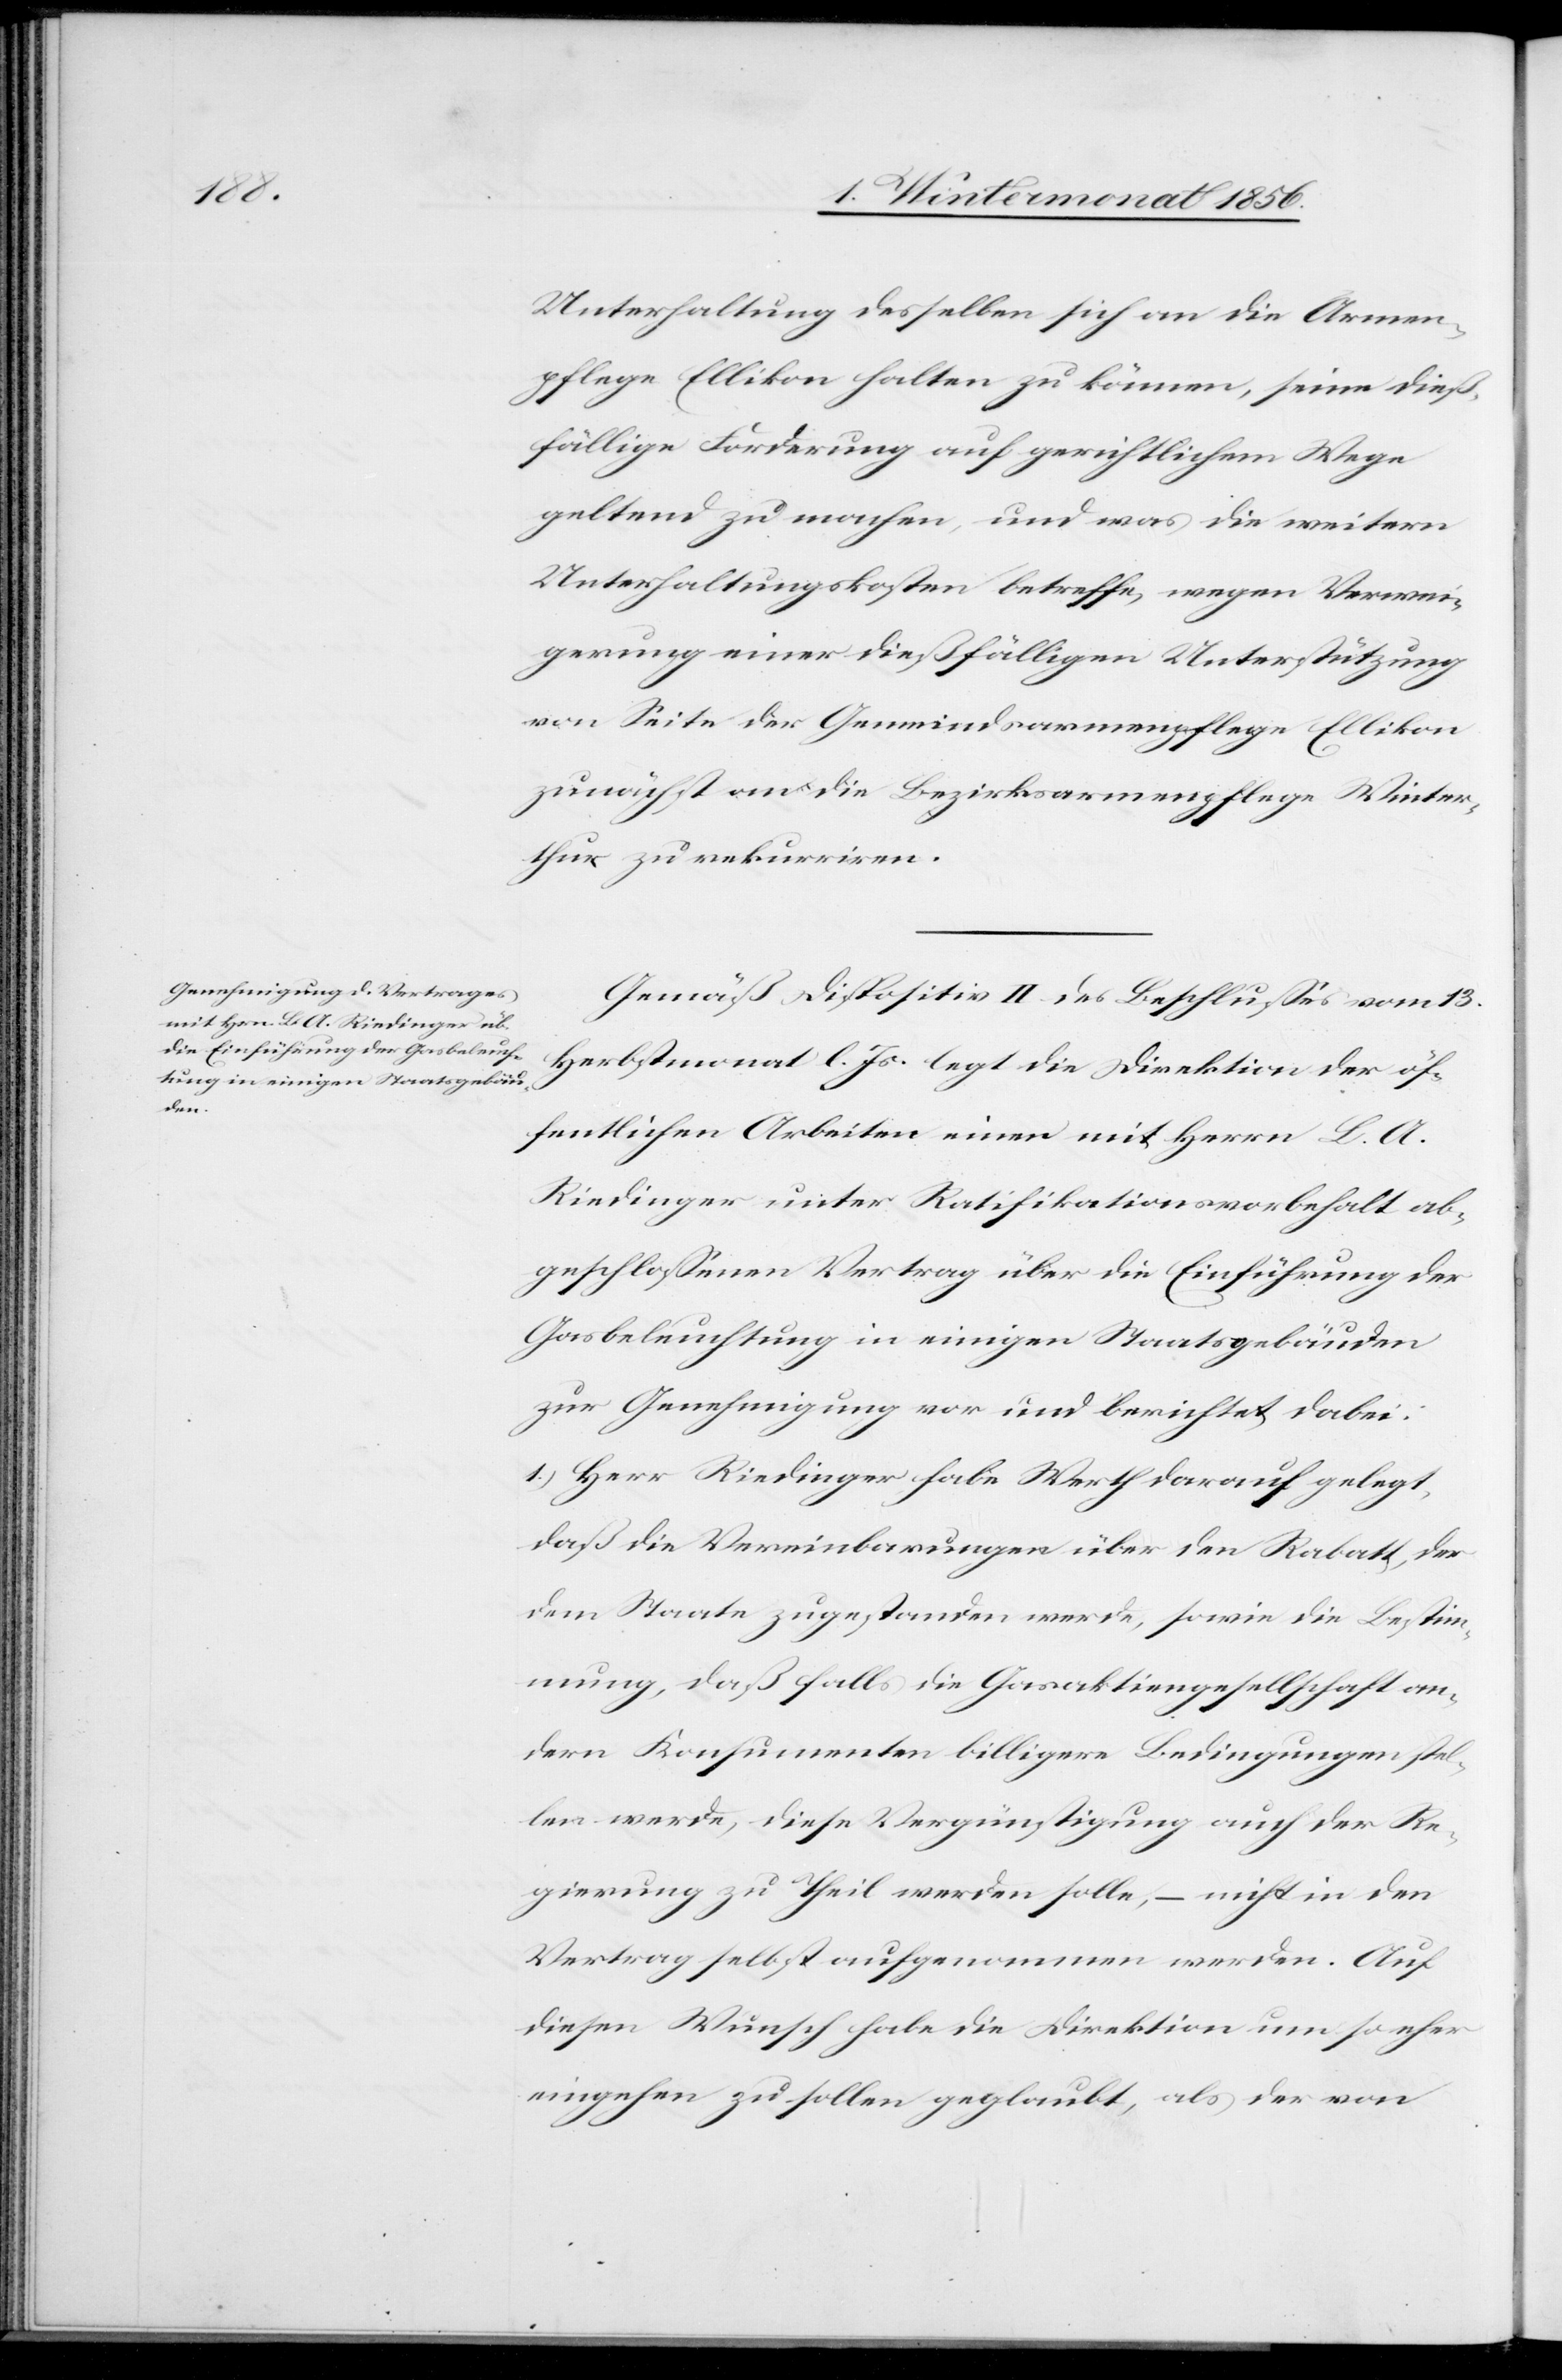
Unterhaltung desselben sich an die Armen¬
pflege Ellikon halten zu können, seine dieß¬
fällige Forderung auf gerichtlichem Wege
geltend zu machen, und was die weitern
Unterhaltungskosten betreffe, wegen Verwei¬
gerung einer dießfälligen Unterstützung
von Seite der Gemeindsarmenpflege Ellikon
zunächst an die Bezirksarmenpflege Winter¬
thur zu rekurriren.
Gemäß Dispositiv II des Beschlusses vom 13.
Herbstmonat l. Js. legt die Direktion der öf¬
fentlichen Arbeiten einen mit Herrn L. A.
Riedinger unter Ratifikationsvorbehalt ab¬
geschlossenen Vertrag über die Einführung der
Gasbeleuchtung in einigen Staatsgebäuden
zur Genehmigung vor und berichtet dabei:
1.) Herr Riedinger habe Werth darauf gelegt,
daß die Vereinbarungen über den Rabatt, der
dem Staate zugestanden werde, sowie die Bestim¬
mung, daß falls die Gasaktiengesellschaft an¬
dern Konsumenten billigere Bedingungen stel¬
len werde, diese Vergünstigung auch der Re¬
gierung zu Theil werden solle, – nicht in den
Vertrag selbst aufgenommen werden. Auf
diesen Wunsch habe die Direktion um so eher
eingehen zu sollen geglaubt, als der von